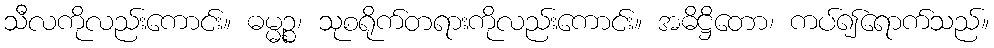
သီလကိုလည်းကောင်း။ ဓမ္မဉ္စ၊ သုစရိုက်တရားကိုလည်းကောင်း။ အဓိဋ္ဌိတော၊ ကပ်၍ရောက်သည်။